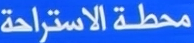
محطة الاستراحة